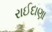
રાઈદાણા